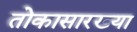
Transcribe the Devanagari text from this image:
तोकासारख्या